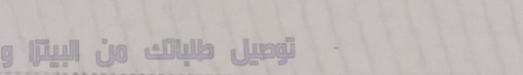
توصيل طلباتك من البيتزا و